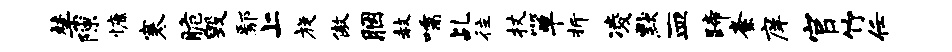
禁隙慷寒脆毁鄢上旋傲胭赦嚅乩往杖箪折凌默一皿蹄紊庠官竹任